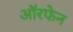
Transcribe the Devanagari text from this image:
ऑरफेन